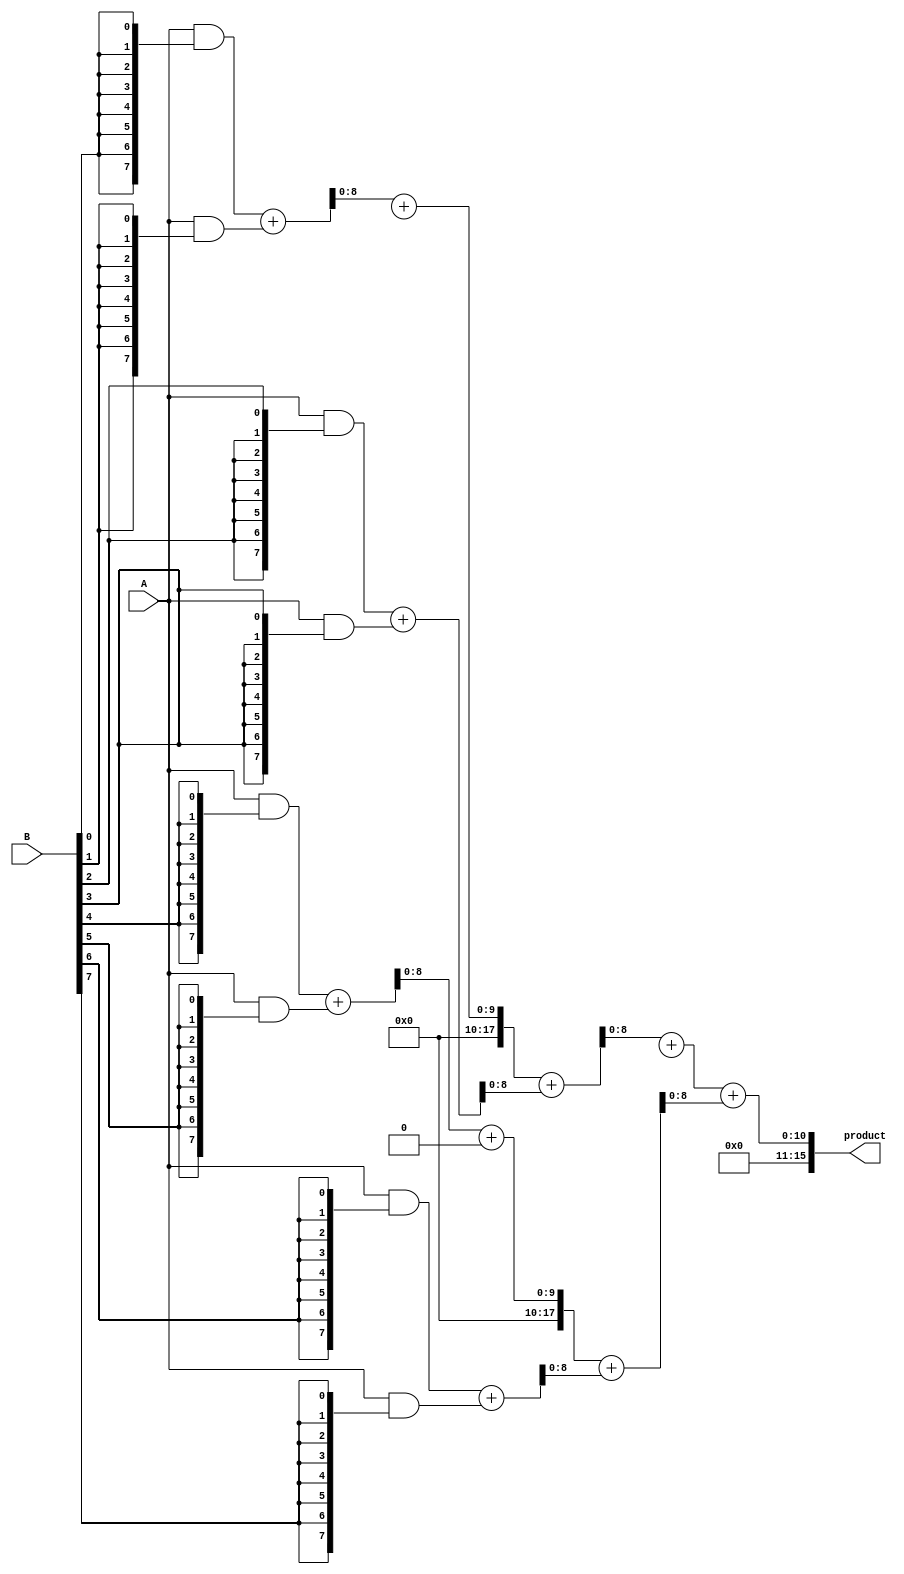
module unfolded_wallace_tree_multiplier #(
    parameter A_WIDTH = 8, // Width of operand A
    parameter B_WIDTH = 8  // Width of operand B
)(
    input [A_WIDTH-1:0] A,  // Operand A
    input [B_WIDTH-1:0] B,  // Operand B
    output [A_WIDTH + B_WIDTH - 1:0] product // Product output
);

// Generate Partial Products
wire [A_WIDTH-1:0] pp [B_WIDTH-1:0];
genvar i;
generate
    for (i = 0; i < B_WIDTH; i = i + 1) begin : generate_partial_products
        assign pp[i] = A & {A_WIDTH{B[i]}}; // Generate partial products
    end
endgenerate

// Level 1 Reduction using Half Adder and Full Adder
// Assuming maximum 8 bits of input width for simplification
wire [A_WIDTH:0] sum1 [0:4]; // Storage for sums and carries
wire [A_WIDTH:0] carry1 [0:4];

generate
    // Add first two levels of partial products using HA/FA
    for (i = 0; i < B_WIDTH; i = i + 1) begin : level1
        if (i % 2 == 0 && i+1 < B_WIDTH) begin
            // Half adder for pair of partial products
            assign {carry1[i/2+1], sum1[i/2]} = pp[i] + pp[i+1];
        end else if (i % 2 == 1) begin
            // propagate the single product for odd indexed inputs
            assign sum1[i/2 + A_WIDTH] = pp[i];
            assign carry1[i/2 + 1] = 0; // no carry from odd values
        end
    end
endgenerate

// Level 2 Reduction
wire [A_WIDTH:0] sum2 [0:2];
wire [A_WIDTH:0] carry2 [0:2];

generate
    for (i = 0; i < ((B_WIDTH+1)/2); i = i + 1) begin : level2
        if (i % 2 == 0 && i+1 < (B_WIDTH+1)/2) begin
            // Full adder for first stage halves
            assign {carry2[i/2+1], sum2[i/2]} = sum1[i] + carry1[i] + sum1[i+1];
        end else if (i % 2 == 1) begin
            assign sum2[i/2 + A_WIDTH] = sum1[i];
            assign carry2[i/2 + 1] = carry1[i];
        end
    end
endgenerate

// Final Addition using Ripple Carry Adder
wire [A_WIDTH + B_WIDTH:0] final_sum;
assign final_sum = sum2[0] + carry2[0] + sum2[1];

// Output the final product
assign product = final_sum;

endmodule